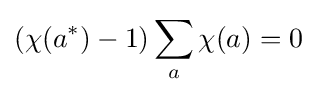
(\chi (a^{*})-1)\sum _{a}\chi (a)=0